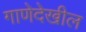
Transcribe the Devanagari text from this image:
गाणेदेखील